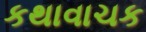
કથાવાચક